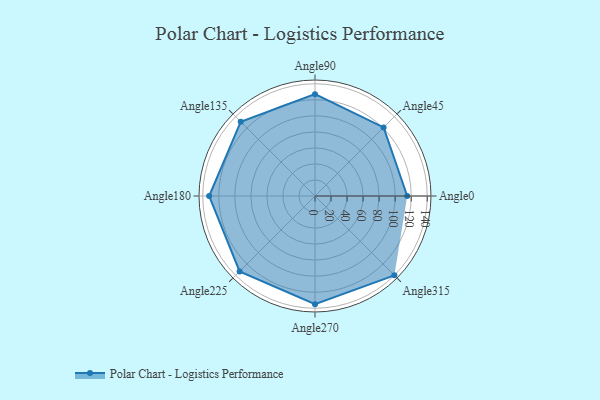
{"axis": {"x": "Angle", "y": "Radius"}, "legend": [""], "data": [{"x": "Angle0", "y": 115.0, "type": ""}, {"x": "Angle45", "y": 121.0, "type": ""}, {"x": "Angle90", "y": 127.0, "type": ""}, {"x": "Angle135", "y": 131.0, "type": ""}, {"x": "Angle180", "y": 132.0, "type": ""}, {"x": "Angle225", "y": 133.0, "type": ""}, {"x": "Angle270", "y": 135.0, "type": ""}, {"x": "Angle315", "y": 140.0, "type": ""}]}